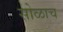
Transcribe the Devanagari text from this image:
सोळाच